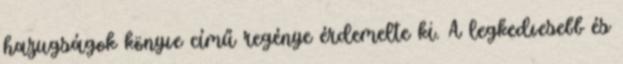
hazugságok könyve című regénye érdemelte ki. A legkedvesebb és